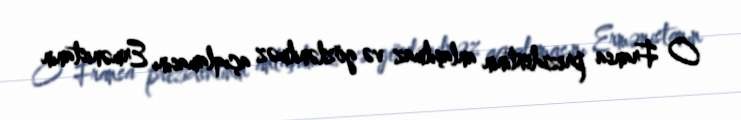
O Fransa prezidentinin anlaşılmaz və gözlənilməz açıqlamasını Ermənistanın